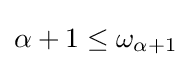
\alpha +1\leq \omega _{\alpha +1}